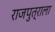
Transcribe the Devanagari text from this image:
राजपुत्राला